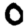
Digit: 0